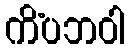
ကိံပဘဝါ